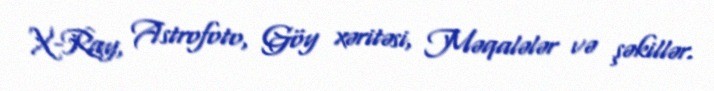
X-Ray, Astrofoto, Göy xəritəsi, Məqalələr və şəkillər.